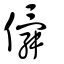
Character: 僢